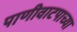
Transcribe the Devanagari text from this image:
पाणीवाटपाच्या